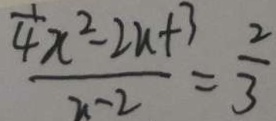
\frac { \frac { 1 } { 4 } x ^ { 2 } - 2 a + 3 } { x - 2 } = \frac { 2 } { 3 }